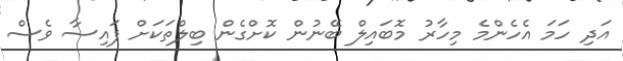
އަދި ހަމަ އެހެންމެ މިހާރު މޮބައިލް ބޭނުން ކޮށްގެން ބިލްތަކަށް ފައިސާ ވެސް